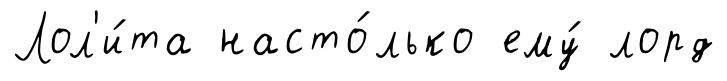
Лол'и́та насто́лько ему́ лорд